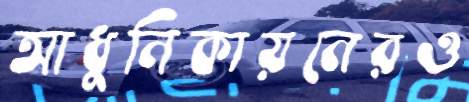
আধুনিকায়নেরও